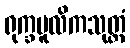
ရုက္ခမူလိကသုတ္တံ